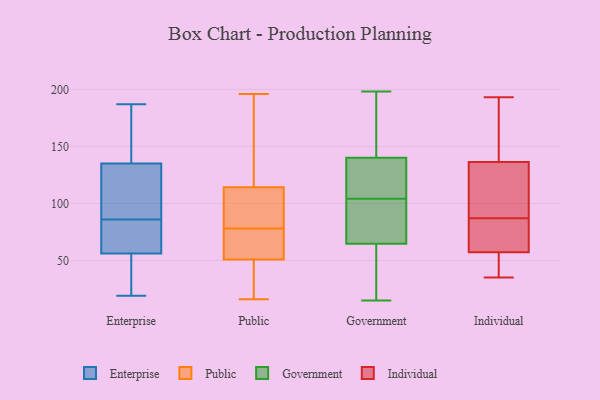
{"axis": {"x": "Page Views", "y": "Value"}, "legend": ["Enterprise", "Government", "Individual", "Public"], "data": [{"x": "", "y": 72, "type": "Enterprise"}, {"x": "", "y": 56, "type": "Enterprise"}, {"x": "", "y": 83, "type": "Enterprise"}, {"x": "", "y": 51, "type": "Enterprise"}, {"x": "", "y": 135, "type": "Enterprise"}, {"x": "", "y": 123, "type": "Enterprise"}, {"x": "", "y": 20, "type": "Enterprise"}, {"x": "", "y": 19, "type": "Enterprise"}, {"x": "", "y": 187, "type": "Enterprise"}, {"x": "", "y": 89, "type": "Enterprise"}, {"x": "", "y": 172, "type": "Enterprise"}, {"x": "", "y": 159, "type": "Enterprise"}, {"x": "", "y": 98, "type": "Enterprise"}, {"x": "", "y": 70, "type": "Enterprise"}, {"x": "", "y": 127, "type": "Public"}, {"x": "", "y": 78, "type": "Public"}, {"x": "", "y": 53, "type": "Public"}, {"x": "", "y": 196, "type": "Public"}, {"x": "", "y": 16, "type": "Public"}, {"x": "", "y": 68, "type": "Public"}, {"x": "", "y": 55, "type": "Public"}, {"x": "", "y": 56, "type": "Public"}, {"x": "", "y": 99, "type": "Public"}, {"x": "", "y": 165, "type": "Public"}, {"x": "", "y": 45, "type": "Public"}, {"x": "", "y": 82, "type": "Public"}, {"x": "", "y": 95, "type": "Public"}, {"x": "", "y": 46, "type": "Public"}, {"x": "", "y": 50, "type": "Public"}, {"x": "", "y": 109, "type": "Public"}, {"x": "", "y": 116, "type": "Public"}, {"x": "", "y": 185, "type": "Public"}, {"x": "", "y": 49, "type": "Public"}, {"x": "", "y": 140, "type": "Government"}, {"x": "", "y": 198, "type": "Government"}, {"x": "", "y": 187, "type": "Government"}, {"x": "", "y": 59, "type": "Government"}, {"x": "", "y": 104, "type": "Government"}, {"x": "", "y": 97, "type": "Government"}, {"x": "", "y": 140, "type": "Government"}, {"x": "", "y": 34, "type": "Government"}, {"x": "", "y": 99, "type": "Government"}, {"x": "", "y": 156, "type": "Government"}, {"x": "", "y": 124, "type": "Government"}, {"x": "", "y": 115, "type": "Government"}, {"x": "", "y": 15, "type": "Government"}, {"x": "", "y": 136, "type": "Government"}, {"x": "", "y": 51, "type": "Government"}, {"x": "", "y": 46, "type": "Government"}, {"x": "", "y": 93, "type": "Government"}, {"x": "", "y": 82, "type": "Government"}, {"x": "", "y": 184, "type": "Government"}, {"x": "", "y": 193, "type": "Individual"}, {"x": "", "y": 142, "type": "Individual"}, {"x": "", "y": 35, "type": "Individual"}, {"x": "", "y": 76, "type": "Individual"}, {"x": "", "y": 94, "type": "Individual"}, {"x": "", "y": 169, "type": "Individual"}, {"x": "", "y": 87, "type": "Individual"}, {"x": "", "y": 56, "type": "Individual"}, {"x": "", "y": 119, "type": "Individual"}, {"x": "", "y": 48, "type": "Individual"}, {"x": "", "y": 61, "type": "Individual"}]}